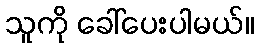
သူကို ခေါ်ပေးပါမယ်။